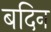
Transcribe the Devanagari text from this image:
बदिन